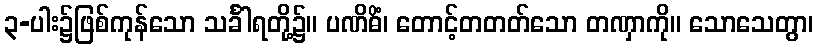
၃-ပါး၌ဖြစ်ကုန်သော သင်္ခါရတို့၌။ ပဏိဓိံ၊ တောင့်တတတ်သော တဏှာကို။ သောသေတွာ၊